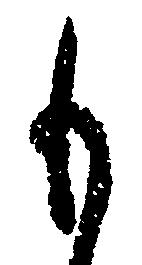
も